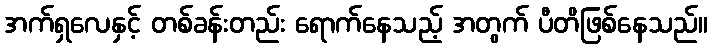
အက်ရှလေနှင့် တစ်ခန်းတည်း ရောက်နေသည့် အတွက် ပီတိဖြစ်နေသည်။